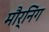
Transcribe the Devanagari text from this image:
मौर्निंग